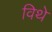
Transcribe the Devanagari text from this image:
विथे